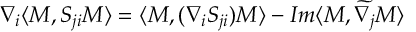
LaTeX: \nabla _ { i } \langle M , S _ { j i } M \rangle = \langle M , ( \nabla _ { i } S _ { j i } ) M \rangle - I m \langle M , \widetilde { \nabla _ { j } } M \rangle